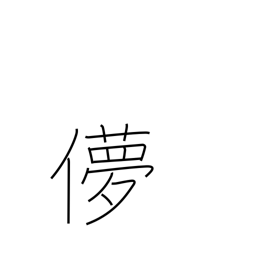
Meaning: fickle